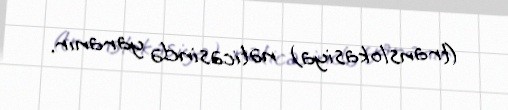
(translokasiya) nəticəsində yaranır.